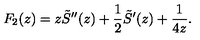
F _ { 2 } ( z ) = z \tilde { S } ^ { \prime \prime } ( z ) + \frac 1 2 \tilde { S } ^ { \prime } ( z ) + \frac { 1 } { 4 z } .